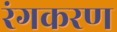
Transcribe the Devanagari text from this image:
रंगकरण